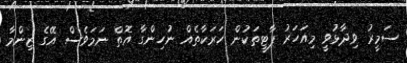
ސަމީރު ވިދާޅުވީ މިއަހަރު ޕާޓީތަކުން ހަރަކާތެއް ނުހިންގާ އޮތް ނަމަވެސް އޭގެ ޒިންމާ